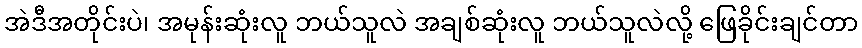
အဲဒီအတိုင်းပဲ၊ အမုန်းဆုံးလူ ဘယ်သူလဲ အချစ်ဆုံးလူ ဘယ်သူလဲလို့ ဖြေခိုင်းချင်တာ